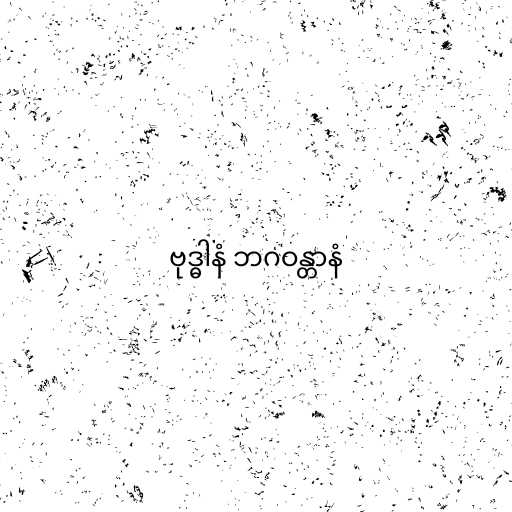
ဗုဒ္ဓါနံ ဘဂဝန္တာနံ